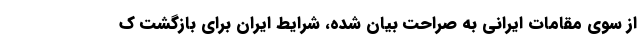
از سوی مقامات ایرانی به صراحت بیان شده، شرایط ایران برای بازگشت ک